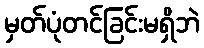
မှတ်ပုံတင်ခြင်းမရှိဘဲ